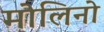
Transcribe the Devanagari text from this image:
मोलिनो